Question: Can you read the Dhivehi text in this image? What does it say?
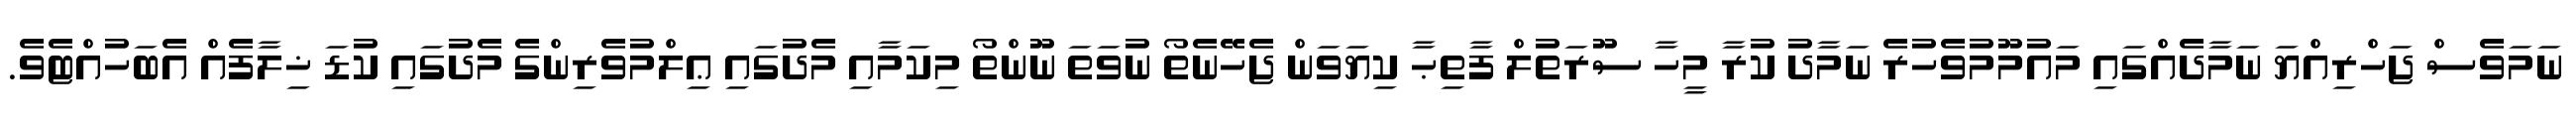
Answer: ނަމަވެސް ޖަހްރިއްޔަ ނަމާދެއްގައި މައުމޫމުވެހުރެ ނަމާދު ކުރާ މީހާ ސޫރަތުލް ފާތިޙާ ކިޔަވަން ޖެހޭނެތޯ ނުވަތަ ނޫންތޯ މިކަމާއި މެދުގައި ޢިލްމުވެރިންގެ މެދުގައި ކުޑަ ޚިލާފެއް އެބަހުއްޓެވެ.